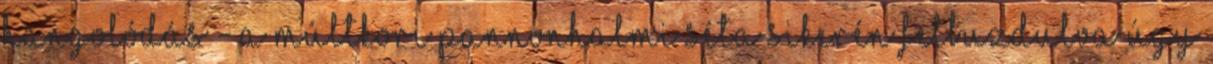
hangolódás - A múltkori pannonhalmi séta sikerén felbuzdulva úgy